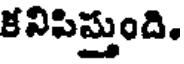
కనిపిస్తుంది.